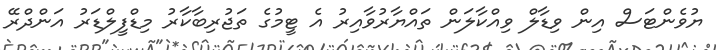
ޔުވެންޓަސް އިން ވިޑާލް ވިއްކާލަން ތައްޔާރުވާއިރު އެ ޓީމުގެ ތަޖުރިބާކާރު މިޑްފީލްޑަރު އަންދްރޭ